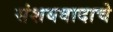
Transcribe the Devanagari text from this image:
संशयवादाचे